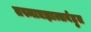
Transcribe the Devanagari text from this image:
तस्माद्यज्ञात्सर्वहुत